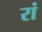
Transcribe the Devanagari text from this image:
रां